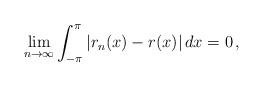
LaTeX: \begin{align*} \lim_{n\to\infty}\int_{-\pi}^\pi\left|r_n(x)-r(x)\right|dx=0\,,\end{align*}